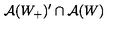
\mathcal { A } ( W _ { + } ) ^ { \prime } \cap \mathcal { A } ( W )